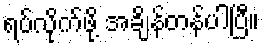
ရပ်လိုက်ဖို့ အချိန်တန်ပါပြီ။